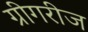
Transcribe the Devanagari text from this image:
ग्रीगरीज